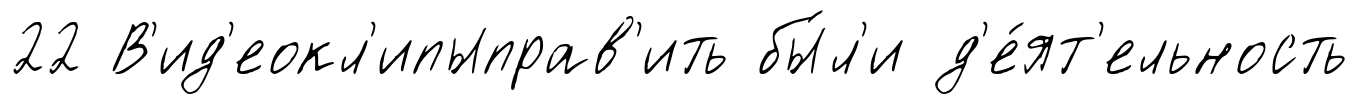
22 В'ид'еокл'ипыправ'ить бы́л'и д'е́ят'ельность